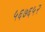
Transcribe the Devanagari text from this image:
५६७६५२